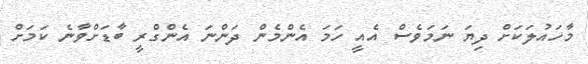
މާހައުލަކަށް ދިޔަ ނަމަވެސް އެއީ ހަމަ އެންމެން ދަންނަ އެންގްރީ ބާޑަށްވާނެ ކަމަށް